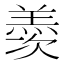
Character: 𮊰